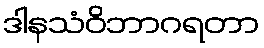
ဒါနသံဝိဘာဂရတာ